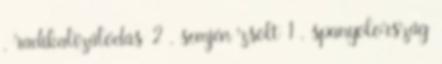
, radikalizálódás 2 , semjén zsolt 1 , spanyolország